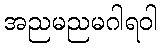
အညမညမဂါရဝါ